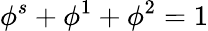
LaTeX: \phi^{s}+\phi^{1}+\phi^{2}=1